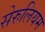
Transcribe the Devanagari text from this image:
सेरुलियम